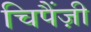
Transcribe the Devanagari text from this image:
चिपैंज़ी